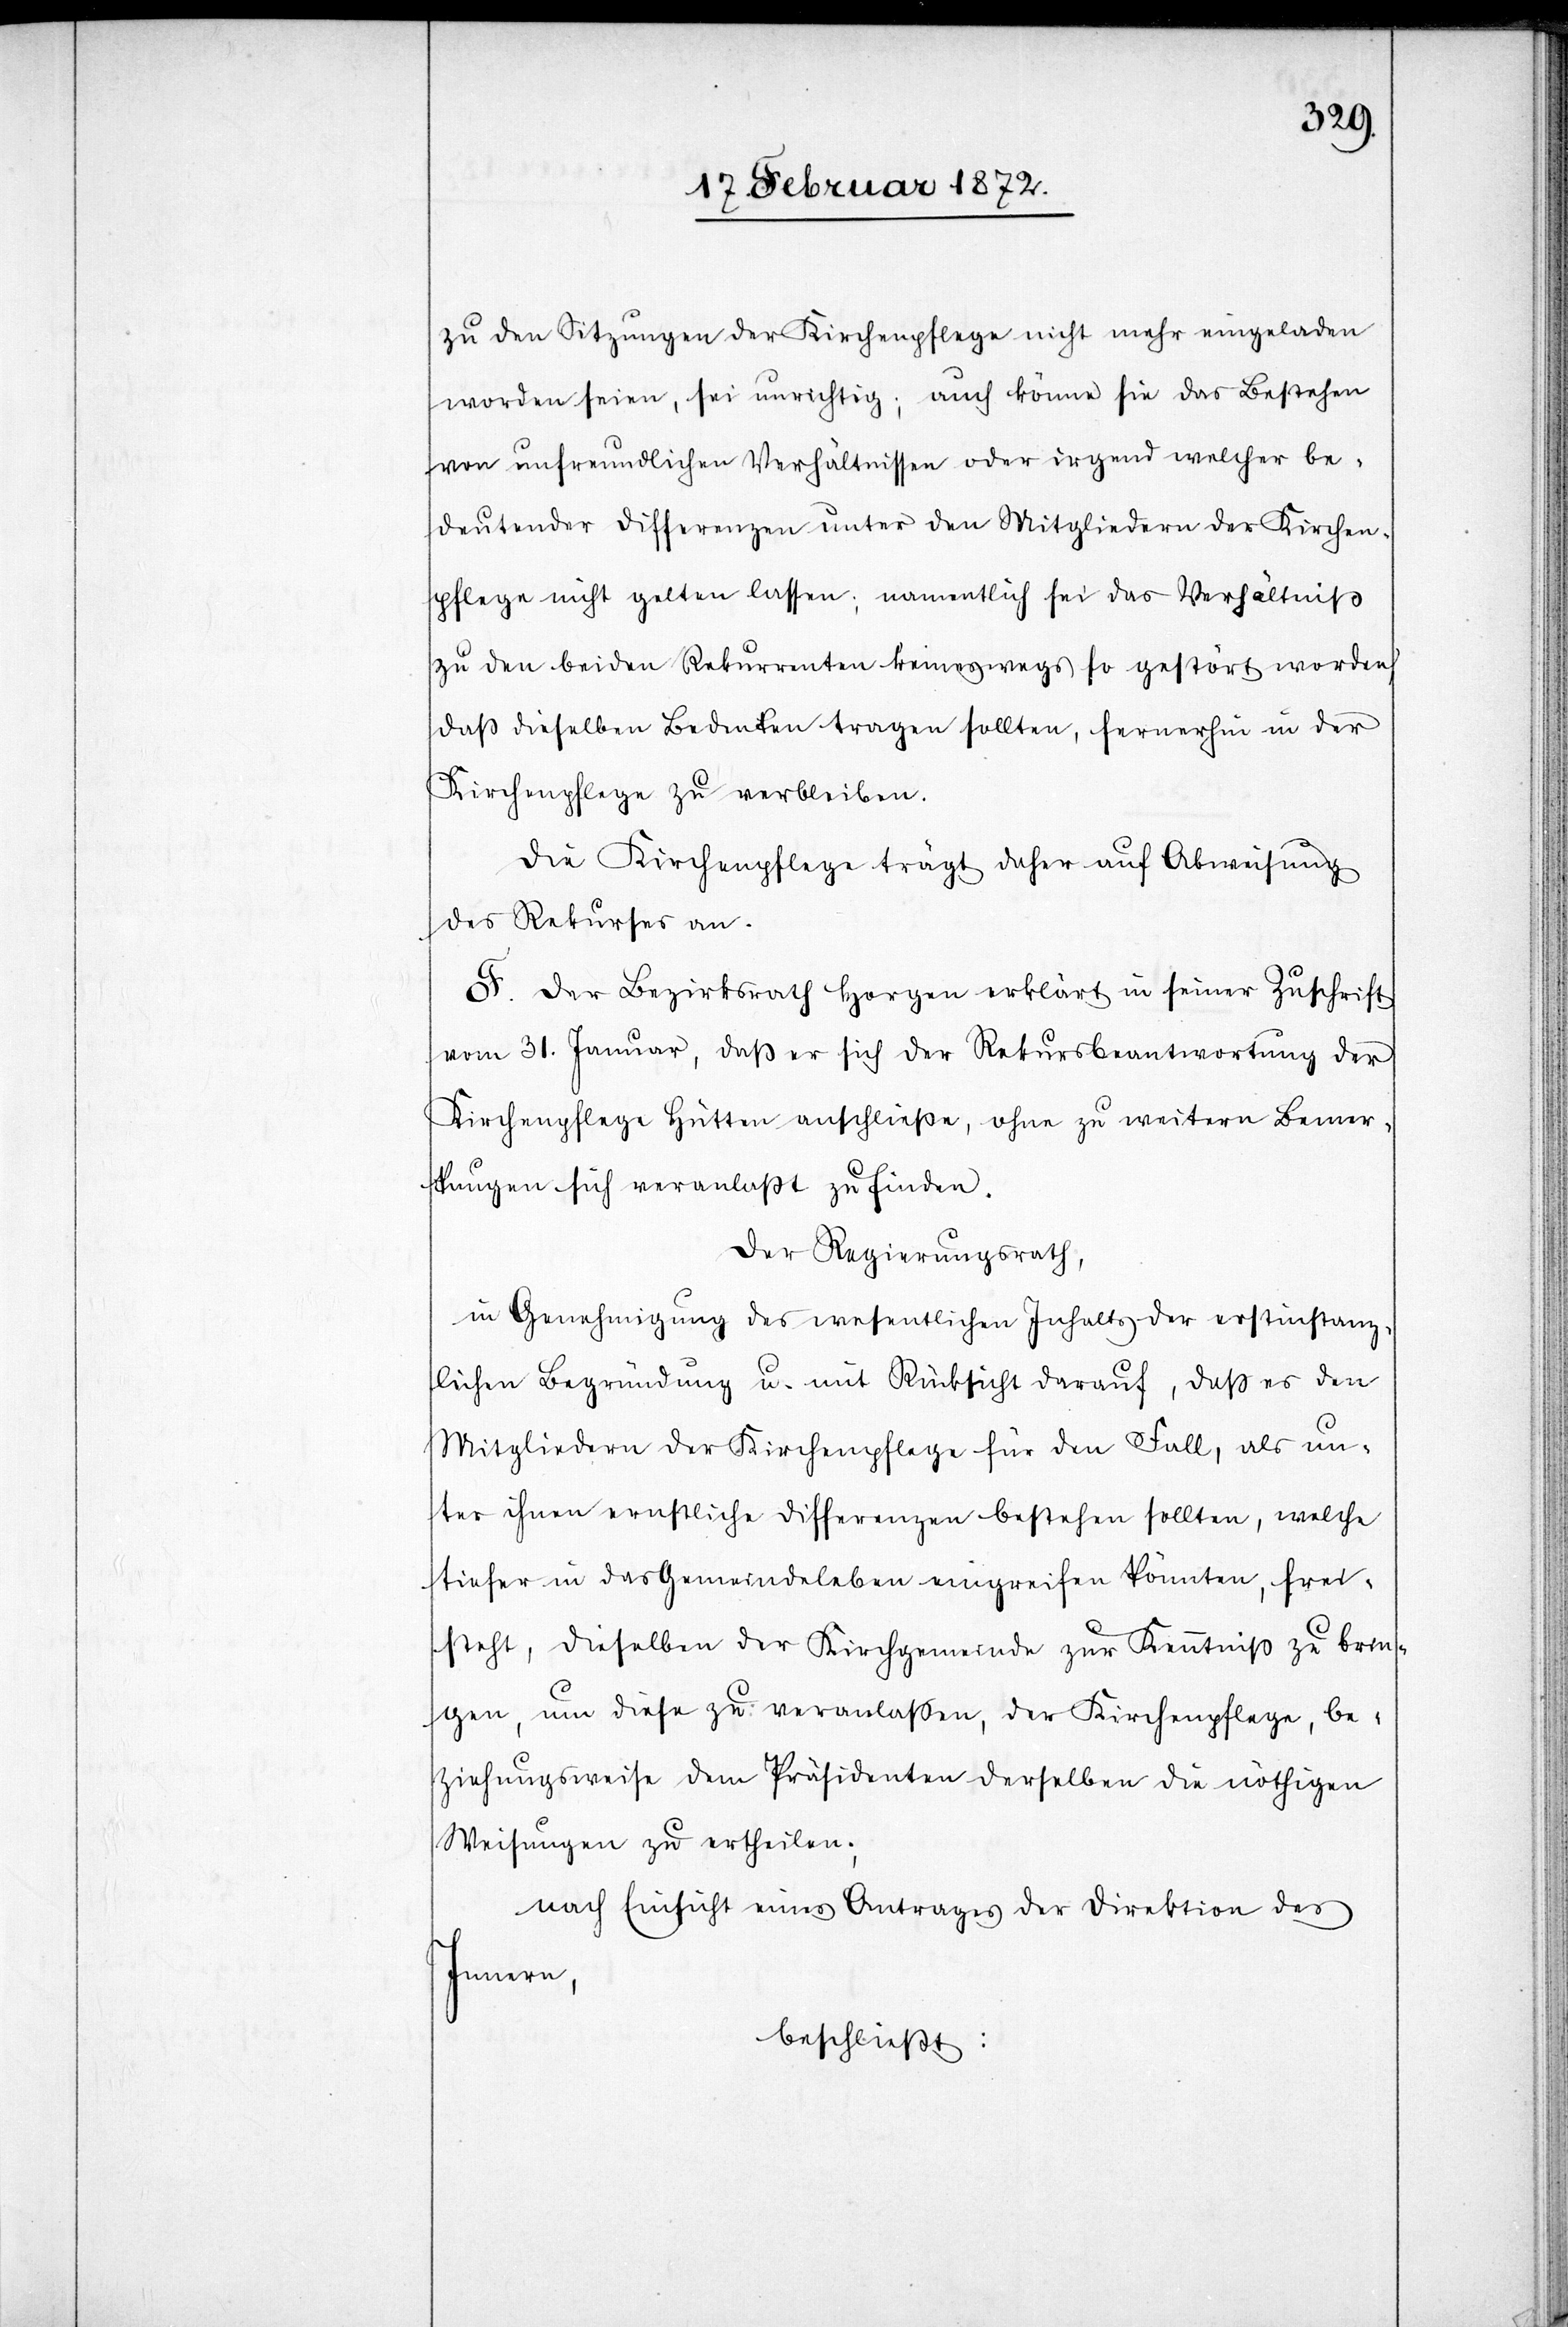
zu den Sitzungen der Kirchenpflege nicht mehr eingeladen
worden seien, sei unrichtig; auch könne sie das Bestehen
von unfreundlichen Verhältnissen oder irgend welcher be¬
deutender Differenzen unter den Mitgliedern der Kirchen¬
pflege nicht gelten lassen; namentlich sei das Verhältniß
zu den beiden Rekurrenten keineswegs so gestört worden
daß dieselben Bedenken tragen sollten, fernerhin in der
Kirchenpflege zu verbleiben.
Die Kirchenpflege trägt daher auf Abweisung
des Rekurses an.
F. Der Bezirksrath Horgen erklärt in seiner Zuschrift
vom 31. Januar, daß er sich der Rekursbeantwortung der
Kirchenpflege Hütten anschließe, ohne zu weitern Bemer¬
kungen sich veranlaßt zu finden.
Der Regierungsrath,
in Genehmigung des wesentlichen Inhalts der erstinstanz¬
lichen Begründung u. mit Rücksicht darauf, daß es den
Mitgliedern der Kirchenpflege für den Fall, als un¬
ter ihnen ernstliche Differenzen bestehen sollten, welche
tiefer in das Gemeindeleben eingreifen könnten, frei¬
steht, dieselben der Kirchgemeinde zur Kenntniß zu brin¬
gen, um diese zu veranlaßen, der Kirchenpflege, be¬
ziehungsweise dem Präsidenten derselben die nöthigen
Weisungen zu ertheilen;
nach Einsicht eines Antrages der Direktion des
Innern,
beschließt: